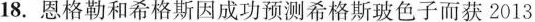
18.恩格勒和希格斯因成功预测希格斯玻色子而获2013